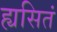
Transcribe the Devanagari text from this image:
ह्यसितं